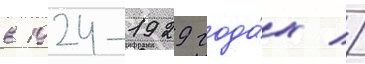
в 1924-1929 года́х //